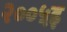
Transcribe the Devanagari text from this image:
२००५इ